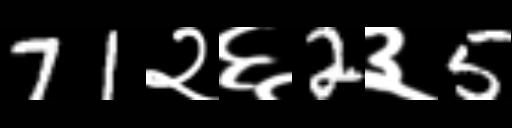
Text: 71२६2३5